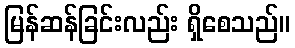
မြန်ဆန်ခြင်းလည်း ရှိစေသည်။